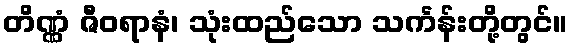
တိဏ္ဏံ ဇီဝရာနံ၊ သုံးထည်သော သင်္ကန်းတို့တွင်။